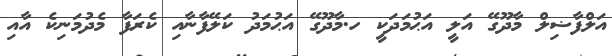
އަލްފާޟިލް މާދޫގޭ އަލީ އަޙުމަދަކީ ހ.މާދޫގޭ އަޙުމަދު ކަލޭފާނާއި ކެރަފާ މެދުމަނިކެ އާއި